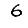
Digit: 6